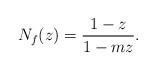
LaTeX: \begin{align*} N_f(z)&= \dfrac{1-z}{1-mz}. \end{align*}